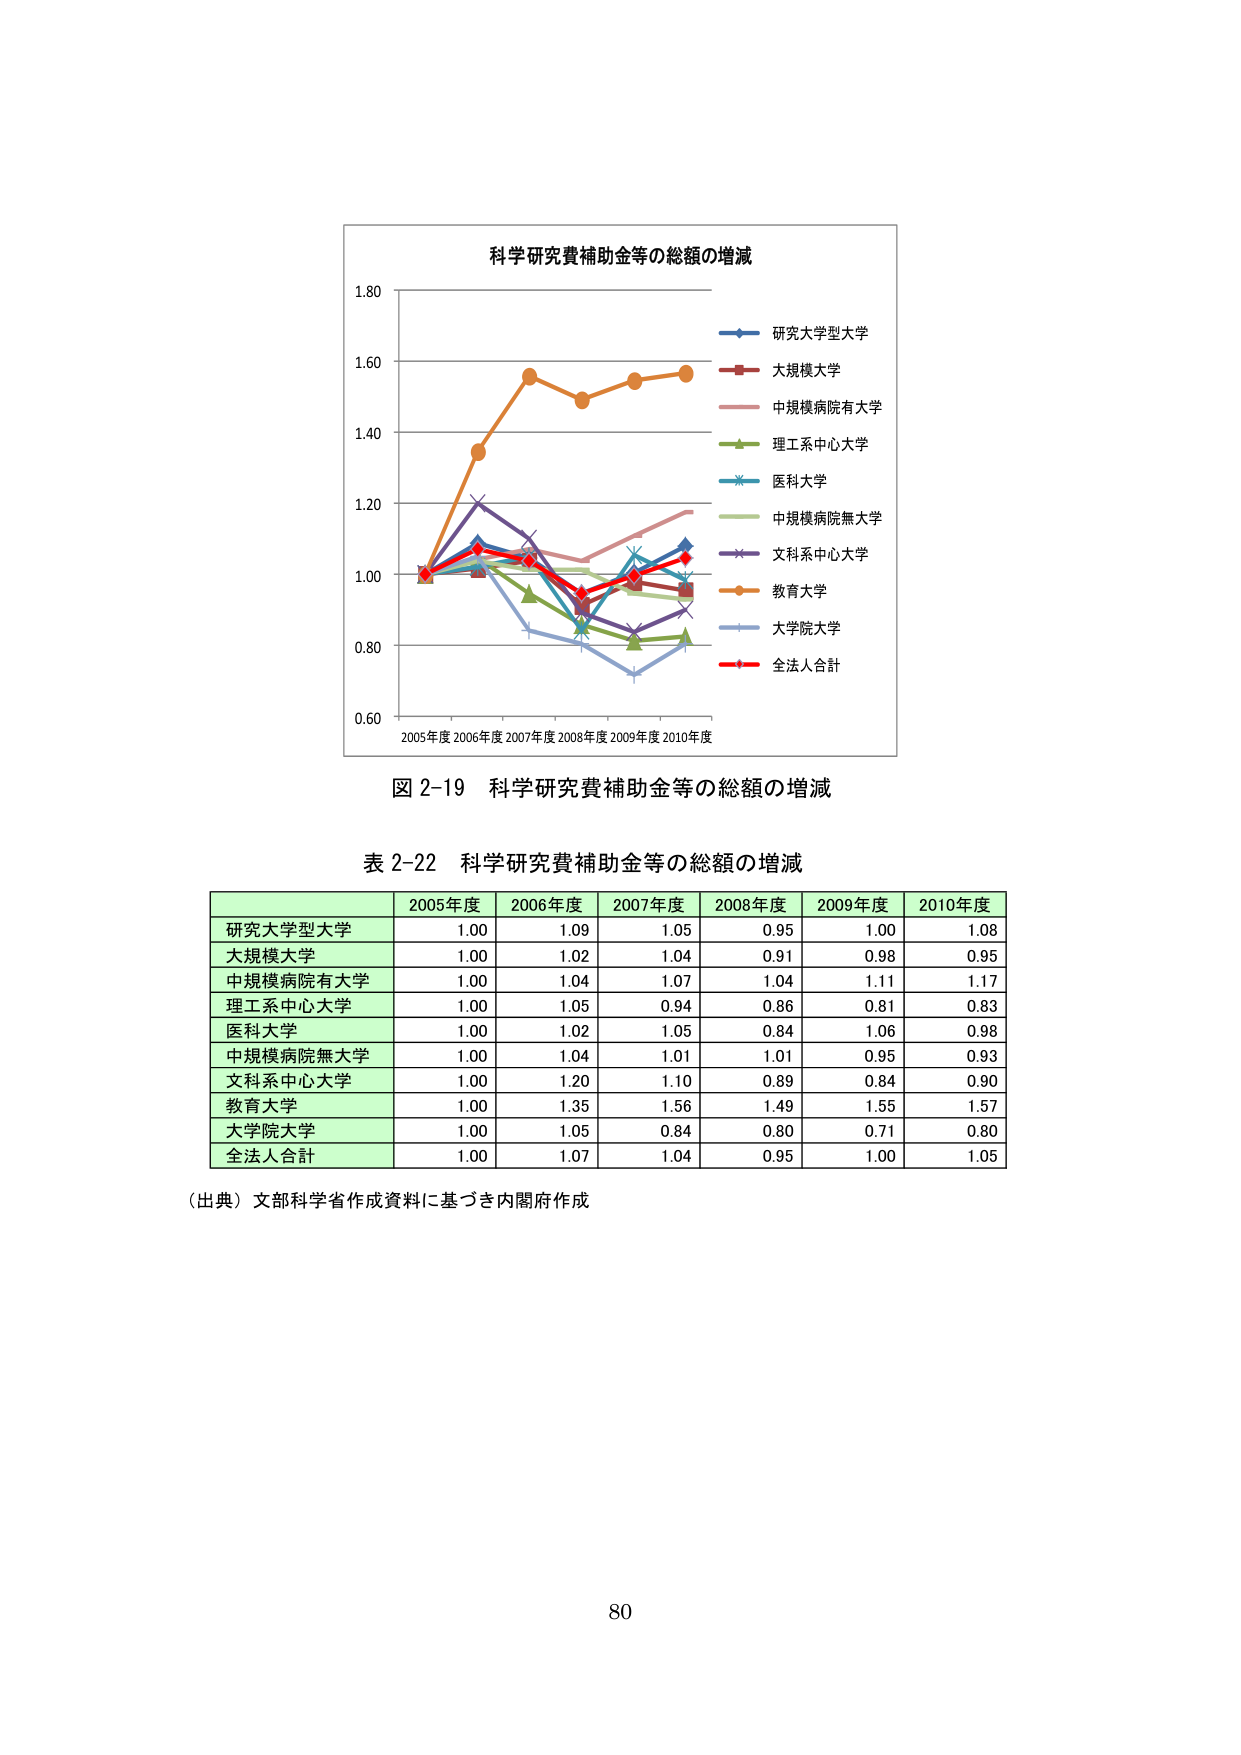
科学研究費補助金等の総額の増減
研究大学型大学
大規模大学
中規模病院有大学
理工系中心大学
医科大学
中規模病院無大学
文科系中心大学
教育大学
大学院大学
全法人合計
0.60
0.80
1.00
1.20
1.40
1.60
1.80
2005年度 2006年度 2007年度 2008年度 2009年度 2010年度
図 2-19 科学研究費補助金等の総額の増減
表 2-22 科学研究費補助金等の総額の増減
2005年度
2006年度
2007年度
2008年度
2009年度
2010年度
研究大学型大学
1.00
1.09
1.05
0.95
1.00
1.08
大規模大学
1.00
1.02
1.04
0.91
0.98
0.95
中規模病院有大学
1.00
1.04
1.07
1.04
1.11
1.17
理工系中心大学
1.00
1.05
0.94
0.86
0.81
0.83
医科大学
1.00
1.02
1.05
0.84
1.06
0.98
中規模病院無大学
1.00
1.04
1.01
1.01
0.95
0.93
文科系中心大学
1.00
1.20
1.10
0.89
0.84
0.90
教育大学
1.00
1.35
1.56
1.49
1.55
1.57
大学院大学
1.00
1.05
0.84
0.80
0.71
0.80
全法人合計
1.00
1.07
1.04
0.95
1.00
1.05
（出典）文部科学省作成資料に基づき内閣府作成
80